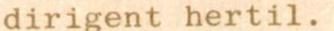
dirigent hertil.